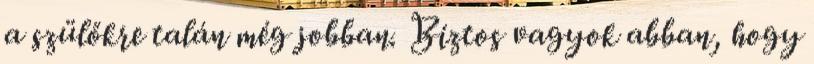
a szülőkre talán még jobban. Biztos vagyok abban, hogy